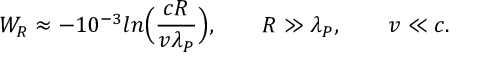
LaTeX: W _ { R } \approx - { 1 0 ^ { - 3 } } l n \Bigl ( { \frac { c R } { v \lambda _ { P } } } \Bigr ) , \qquad R \gg \lambda _ { P } , \qquad v \ll c .